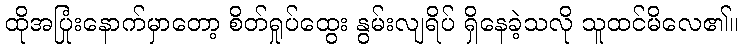
ထိုအပြုံးနောက်မှာတော့ စိတ်ရှုပ်ထွေး နွမ်းလျရိပ် ရှိနေခဲ့သလို သူထင်မိလေ၏။